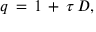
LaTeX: q \, = \, 1 \, + \, \tau \, D ,